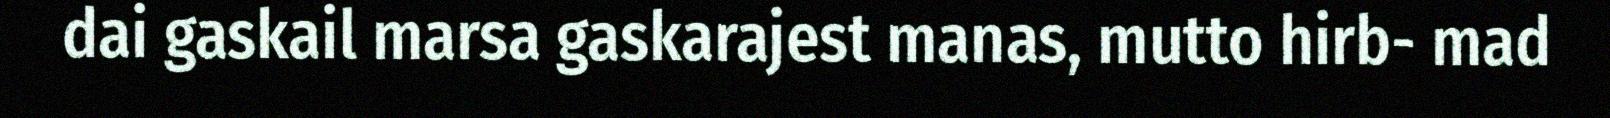
dai gaskail marsa gaskarajest manas, mutto hirb- mad